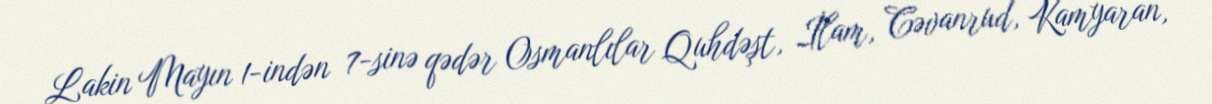
Lakin Mayın 1-indən 7-sinə qədər Osmanlılar Quhdəşt, İlam, Cəvanrud, Kamyaran,